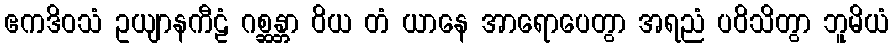
ဧကဒိဝသံ ဥယျာနကီဠံ ဂစ္ဆန္တာ ဝိယ တံ ယာနေ အာရောပေတွာ အရညံ ပဝိသိတွာ ဘူမိယံ